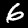
Label: 6